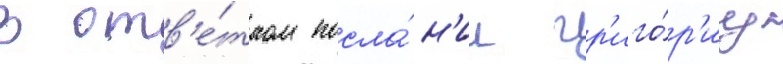
В отв'е́тном посла́н'ии гр'иго́р'иу